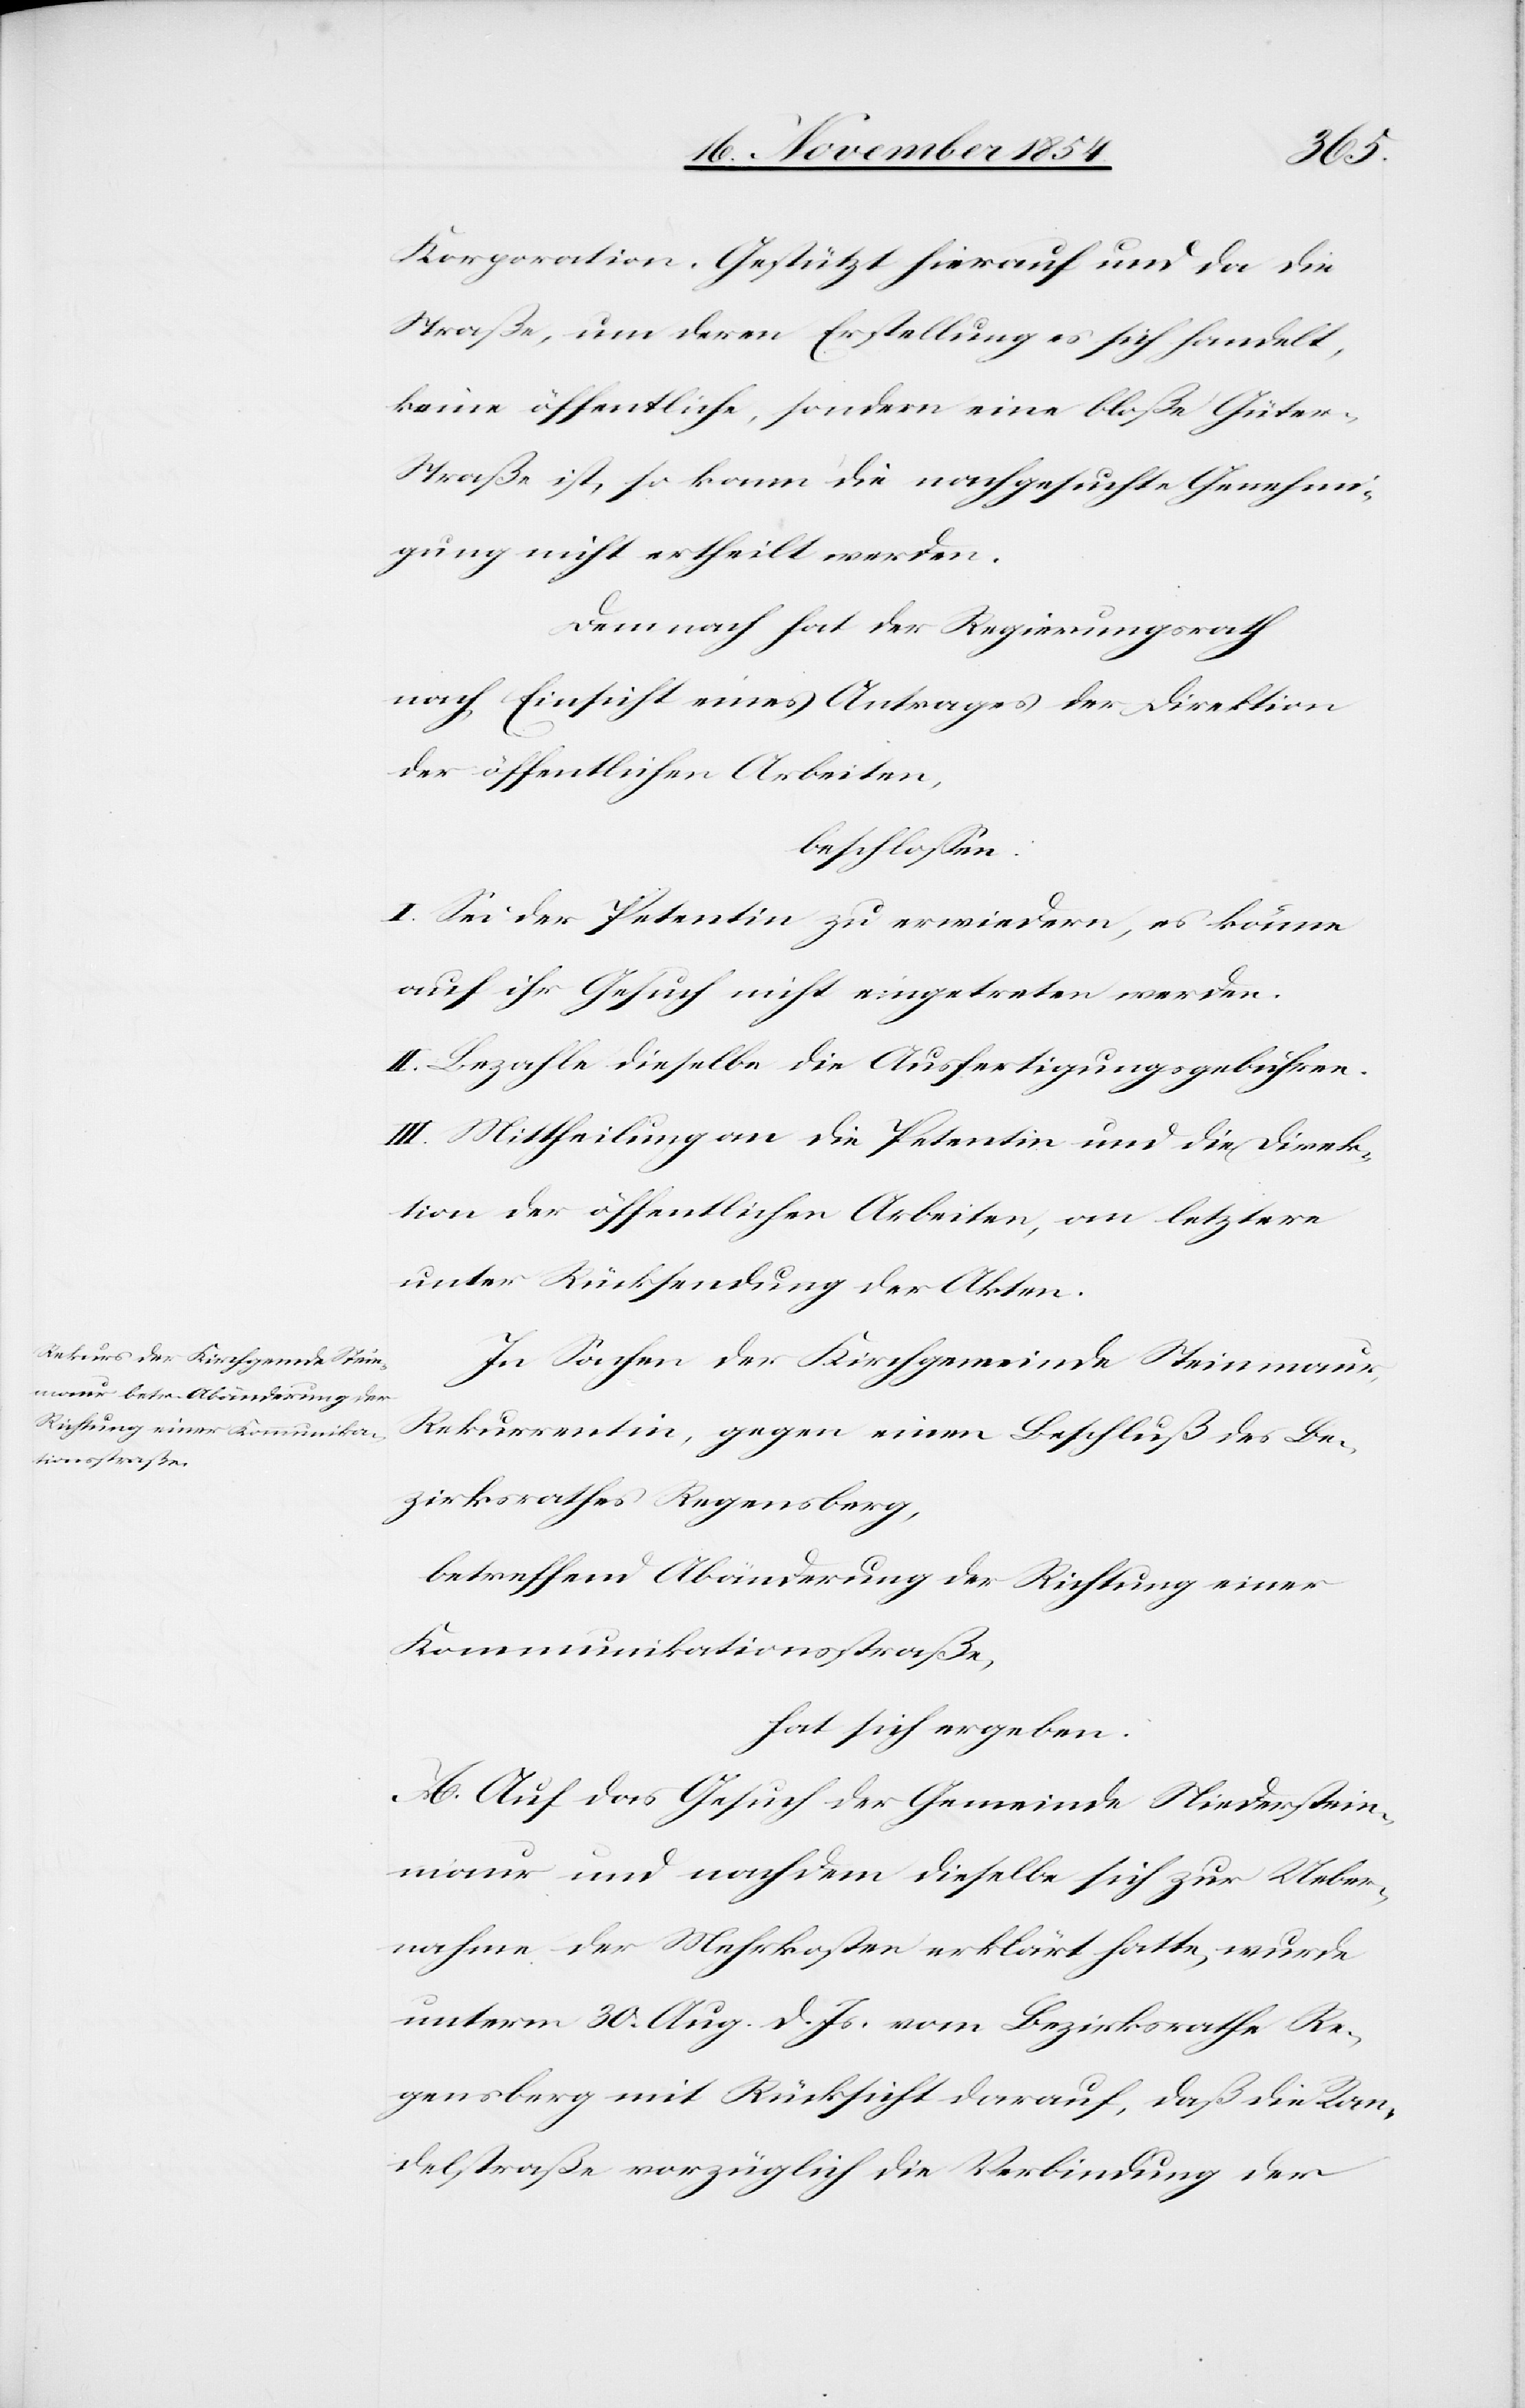
Korporation. Gestützt hierauf und da die
Straße, um deren Erstellung es sich handelt,
keine öffentliche, sondern eine bloße Güter-S¬
traße ist, so kann die nachgesuchte Genehmi¬
gung nicht ertheilt werden.
Demnach hat der Regierungsrath
nach Einsicht eines Antrages der Direktion
der öffentlichen Arbeiten,
beschloßen:
I. Sei der Petentin zu erwiedern, es könne
auf ihr Gesuch nicht eingetreten werden.
II. Bezahle dieselbe die Ausfertigungsgebühren.
III. Mittheilung an die Petentin und die Direk¬
tion der öffentlichen Arbeiten, an letztere
unter Rücksendung der Akten.
In Sachen der Kirchgemeinde Steinmaur,
Rekurrentin, gegen einen Beschluß des Be¬
zirksrathes Regensberg,
betreffend Abänderung der Richtung einer
Kommunikationsstraße,
hat sich ergeben:
A. Auf das Gesuch der Gemeinde Niederstein¬
maur und nachdem dieselbe sich zur Ueber¬
nahme der Mehrkosten erklärt hatte, wurde
unterm 30. Aug. d. Js. vom Bezirksrathe Re¬
gensberg mit Rücksicht darauf, daß die Ran¬
delstraße vorzüglich die Verbindung der